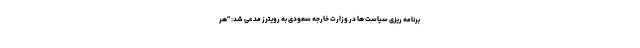
برنامه ریزی سیاست ها در وزارت خارجه سعودی به رویترز مدعی شد: "هر